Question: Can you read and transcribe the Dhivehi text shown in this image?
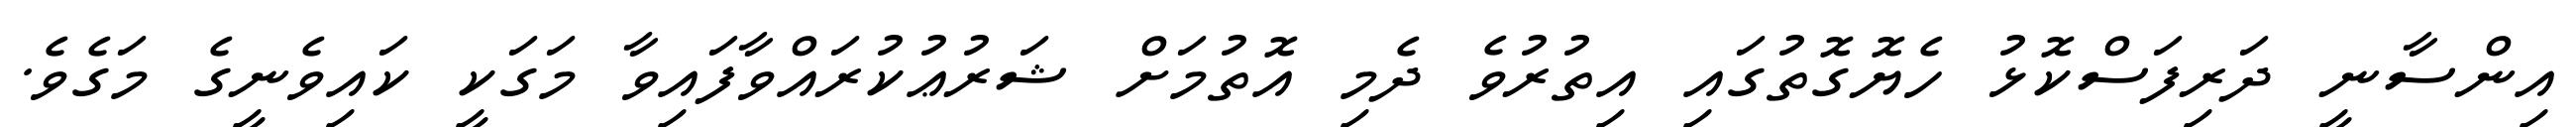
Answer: އިންސާނީ ދަރިފަސްކޮޅު ހެޔޮގޮތުގައި އިތުރުވެ ދެމި އޮތުމަށް ޝަރުޢުކުރައްވާފައިވާ މަގަކީ ކައިވެނީގެ މަގެވެ.